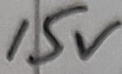
Text: 15V